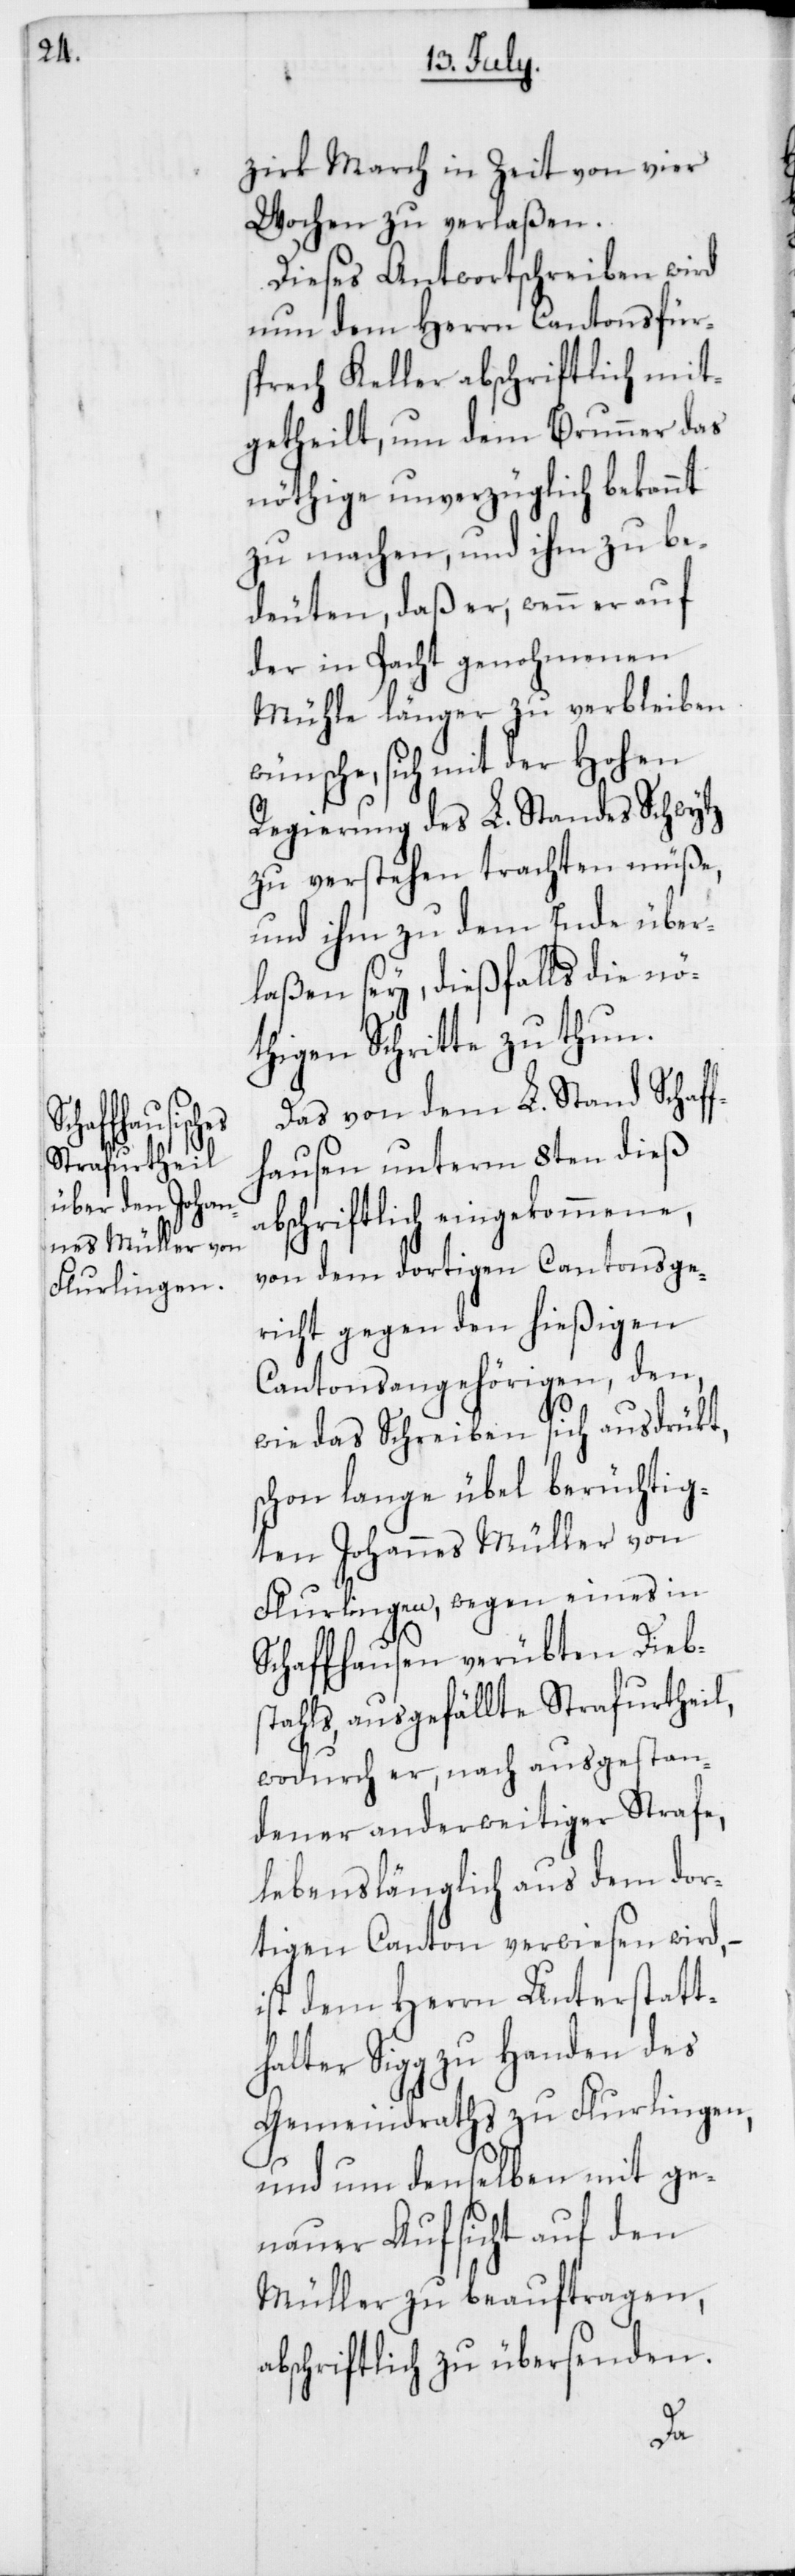
zirk March in Zeit von vier
Wochen zu verlaßen.
Dieses Antwortschreiben wird
nun dem Herrn Cantonsfür¬
sprech Keller abschriftlich mit¬
getheilt, um dem Brunner das
nöthige unverzüglich bekannt
zu machen, und ihm zu be¬
deuten, daß er, wenn er auf
der in Pacht genohmenen
Mühle länger zu verbleiben
wünsche, sich mit der Hohen
Regierung des L. Standes Schwytz
zu verstehen trachten müße,
und ihm zu dem Ende über¬
laßen sey, dießfalls die nö¬
thigen Schritte zu thun.
Das von dem L. Stand Schaf¬
fhausen unterm 8ten dieß
abschriftlich eingekommene,
von dem dortigen Cantonsge¬
richt gegen den hießigen
Cantonsangehörigen, den,
wie das Schreiben sich ausdrükt,
schon lange übel berüchtig¬
ten Johannes Müller von
Flurlingen, wegen eines in
Schaffhausen verübten Diebs¬
tahls, ausgefällte Strafurtheil,
wodurch er, nach ausgestan¬
dener anderweitiger Strafe,
lebenslänglich aus dem dor¬
tigen Canton verwiesen wird, –
ist dem Herrn Unterstatt¬
halter Sigg zu Handen des
Gemeindraths zu Flurlingen,
und um denselben mit ge¬
nauer Aufsicht auf den
Müller zu beauftragen,
abschriftlich zu übersenden.